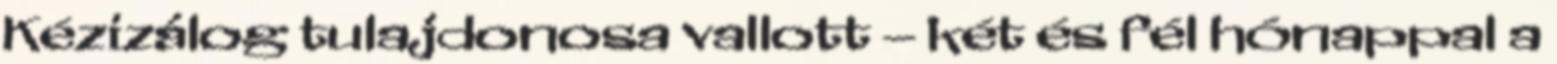
Kézizálog tulajdonosa vallott – két és fél hónappal a